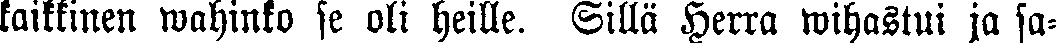
kaikkinen wahinko se oli heille. Sillä Herra wihastui ja sa-